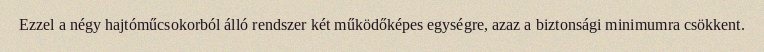
Ezzel a négy hajtóműcsokorból álló rendszer két működőképes egységre, azaz a biztonsági minimumra csökkent.